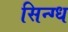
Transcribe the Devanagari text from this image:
सिन्ग्ध